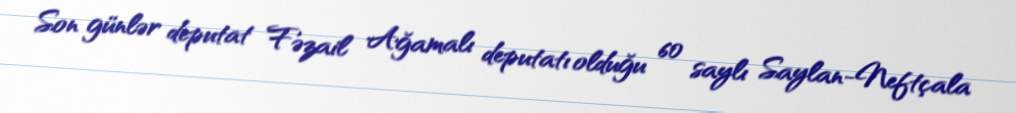
Son günlər deputat Fəzail Ağamalı deputatı olduğu 60 saylı Saylan-Neftçala